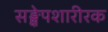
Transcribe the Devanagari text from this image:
सङ्क्षेपशारीरक